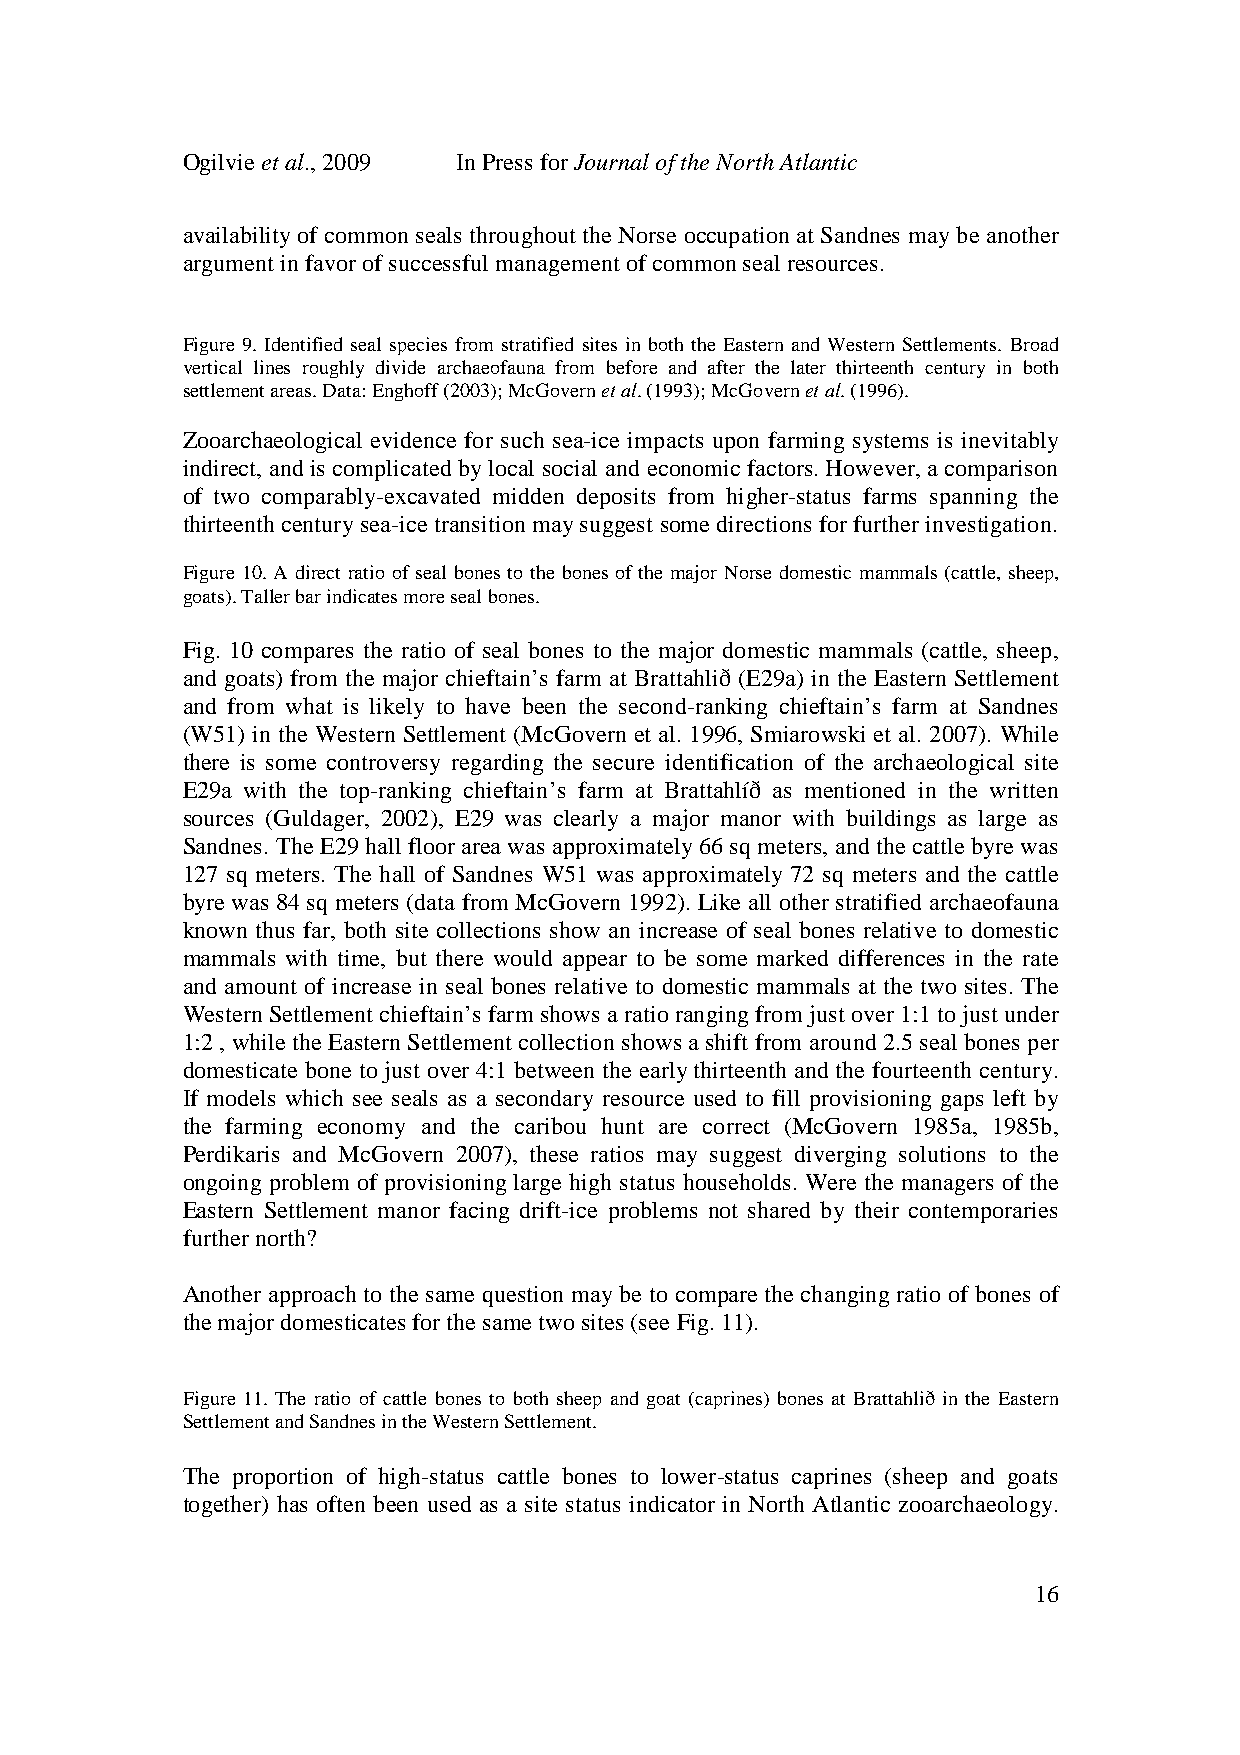
Ogilvie et al., 2009 In Press for Journal of the North Atlantic
 availability of common seals throughout the Norse occupation at Sandnes may be another
 argument in favor of successful management of common seal resources.
 Figure 9. Identified seal species from stratified sites in both the Eastern and Western Settlements. Broad
 vertical lines roughly divide archaeofauna from before and after the later thirteenth century in both
 settlement areas. Data: Enghoff (2003); McGovern et al. (1993); McGovern et al. (1996).
 Zooarchaeological evidence for such sea-ice impacts upon farming systems is inevitably
 indirect, and is complicated by local social and economic factors. However, a comparison
 of two comparably-excavated midden deposits from higher-status farms spanning the
 thirteenth century sea-ice transition may suggest some directions for further investigation.
 Figure 10. A direct ratio of seal bones to the bones of the major Norse domestic mammals (cattle, sheep,
 goats). Taller bar indicates more seal bones.
 Fig. 10 compares the ratio of seal bones to the major domestic mammals (cattle, sheep,
 and goats) from the major chieftain’s farm at Brattahlið (E29a) in the Eastern Settlement
 and from what is likely to have been the second-ranking chieftain’s farm at Sandnes
 (W51) in the Western Settlement (McGovern et al. 1996, Smiarowski et al. 2007). While
 there is some controversy regarding the secure identification of the archaeological site
 E29a with the top-ranking chieftain’s farm at Brattahlíð as mentioned in the written
 sources (Guldager, 2002), E29 was clearly a major manor with buildings as large as
 Sandnes. The E29 hall floor area was approximately 66 sq meters, and the cattle byre was
 127 sq meters. The hall of Sandnes W51 was approximately 72 sq meters and the cattle
 byre was 84 sq meters (data from McGovern 1992). Like all other stratified archaeofauna
 known thus far, both site collections show an increase of seal bones relative to domestic
 mammals with time, but there would appear to be some marked differences in the rate
 and amount of increase in seal bones relative to domestic mammals at the two sites. The
 Western Settlement chieftain’s farm shows a ratio ranging from just over 1:1 to just under
 1:2 , while the Eastern Settlement collection shows a shift from around 2.5 seal bones per
 domesticate bone to just over 4:1 between the early thirteenth and the fourteenth century.
 If models which see seals as a secondary resource used to fill provisioning gaps left by
 the farming economy and the caribou hunt are correct (McGovern 1985a, 1985b,
 Perdikaris and McGovern 2007), these ratios may suggest diverging solutions to the
 ongoing problem of provisioning large high status households. Were the managers of the
 Eastern Settlement manor facing drift-ice problems not shared by their contemporaries
 further north?
 Another approach to the same question may be to compare the changing ratio of bones of
 the major domesticates for the same two sites (see Fig. 11).
 Figure 11. The ratio of cattle bones to both sheep and goat (caprines) bones at Brattahlið in the Eastern
 Settlement and Sandnes in the Western Settlement.
 The proportion of high-status cattle bones to lower-status caprines (sheep and goats
 together) has often been used as a site status indicator in North Atlantic zooarchaeology.
 16